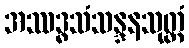
အဿဒ္ဓသံသန္ဒနသုတ္တံ